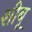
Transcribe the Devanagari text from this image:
शीबू